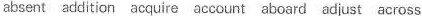
absent addition acquire account aboard adjust across